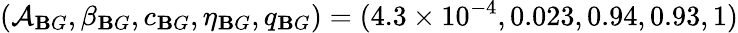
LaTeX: (\mathcal{A}_{\mathbf{B}G},\beta_{\mathbf{B}G},c_{\mathbf{B}G},\eta_{\mathbf{B}G},q_{\mathbf{B}G})=(4.3\times10^{-4},0.023,0.94,0.93,1)